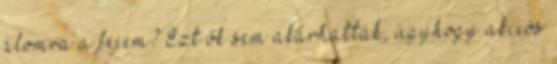
álomra a fejem? Ezt ők sem akarhatták, úgyhogy akciós